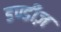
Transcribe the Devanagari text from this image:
डण्डीज़